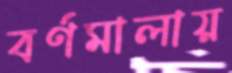
বর্ণমালায়